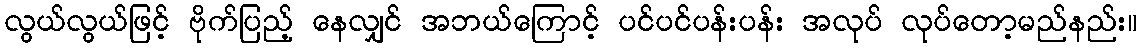
လွယ်လွယ်ဖြင့် ဗိုက်ပြည့် နေလျှင် အဘယ်ကြောင့် ပင်ပင်ပန်းပန်း အလုပ် လုပ်တော့မည်နည်း။